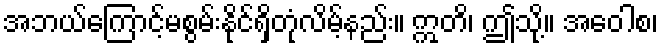
အဘယ်ကြောင့်မစွမ်းနိုင်ရှိတုံလိမ့်နည်း။ ဣတိ၊ ဤသို့။ အဝေါစ၊